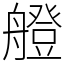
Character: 艠